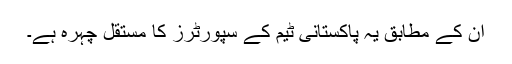
ان کے مطابق یہ پاکستانی ٹیم کے سپورٹرز کا مستقل چہرہ ہے۔